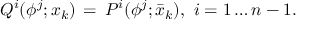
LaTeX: Q ^ { i } ( \phi ^ { j } ; x _ { k } ) \, = \, P ^ { i } ( \phi ^ { j } ; \bar { x } _ { k } ) , \ i = 1 \dots n - 1 .